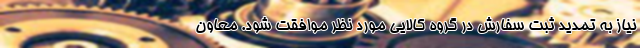
نیاز به تمدید ثبت سفارش در گروه کالایی مورد نظر موافقت شود. معاون